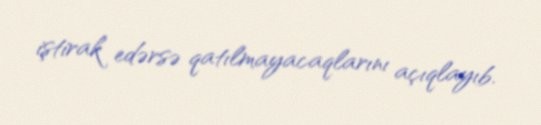
iştirak edərsə qatılmayacaqlarını açıqlayıb.